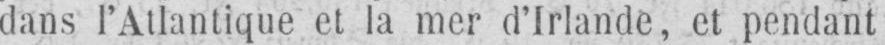
dans l’Atlantique et la mer d’Irlande, et pendant